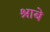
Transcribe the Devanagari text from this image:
श्राबे